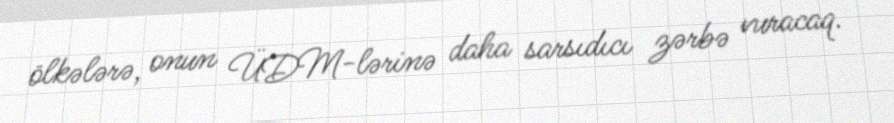
ölkələrə, onun ÜDM-lərinə daha sarsıdıcı zərbə vuracaq.